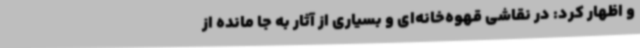
و اظهار کرد: در نقاشی قهوه‌خانه‌ای و بسیاری از آثار به جا مانده از